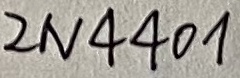
Text: 2N4401